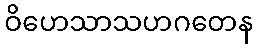
ဝိဟေသာသဟဂတေန